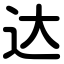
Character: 达